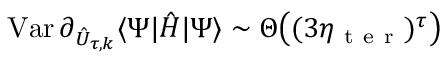
\operatorname { V a r } \partial _ { \hat { U } _ { \tau , k } } \langle \Psi | \hat { H } | \Psi \rangle \sim \Theta \big ( ( 3 \eta _ { \mathrm { ~ t ~ e ~ r ~ } } ) ^ { \tau } \big )